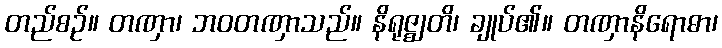
တည်စဉ်။ တဏှာ၊ ဘဝတဏှာသည်။ နိရုဇ္ဈတိ၊ ချုပ်၏။ တဏှာနိရောဓာ၊